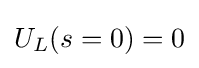
U_{L}(s=0)=0